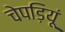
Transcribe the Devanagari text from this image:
चेपड़ियूं